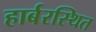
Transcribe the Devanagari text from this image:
हार्बरस्थित